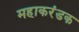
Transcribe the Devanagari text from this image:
महाकरंडक